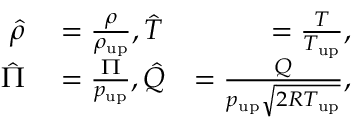
\begin{array} { r l r } { \hat { \rho } } & { { } = \frac { \rho } { \rho _ { \mathrm { { u p } } } } , \hat { T } } & { = \frac { T } { T _ { \mathrm { { u p } } } } , } \\ { \hat { \Pi } } & { { } = \frac { \Pi } { p _ { \mathrm { { u p } } } } , \hat { Q } } & { = \frac { Q } { p _ { \mathrm { { u p } } } \sqrt { 2 R T _ { \mathrm { { u p } } } } } , } \end{array}